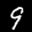
Label: 9